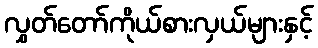
လွှတ်တော်ကိုယ်စားလှယ်များနှင့်